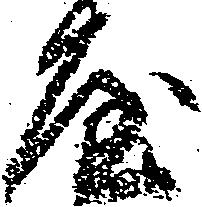
屋